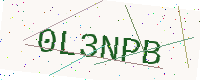
Text: 0L3NPB